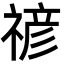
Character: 𮂉